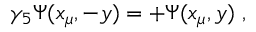
\gamma _ { 5 } \Psi ( x _ { \mu } , - y ) = + \Psi ( x _ { \mu } , y ) ~ ,